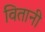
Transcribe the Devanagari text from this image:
वितानी